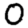
Digit: 0